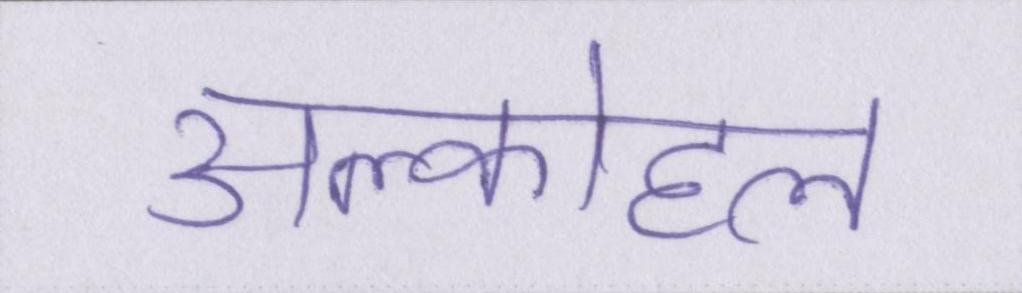
अल्कोहल